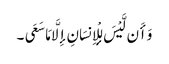
وَأَن لَّیْسَ لِلْإِنسَانِ إِلَّا مَا سَعَی ۔